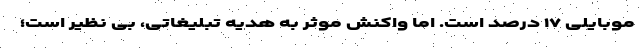
موبایلی ۱۷ درصد است. اما واکنش موثر به هدیه تبلیغاتی، بی نظیر است؛